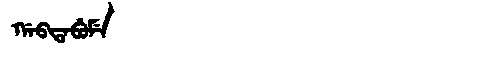
Manchu: ᡤᠠᠪᡨᠠᠪᡠᠮᡝ
Romanization: GABTABUME